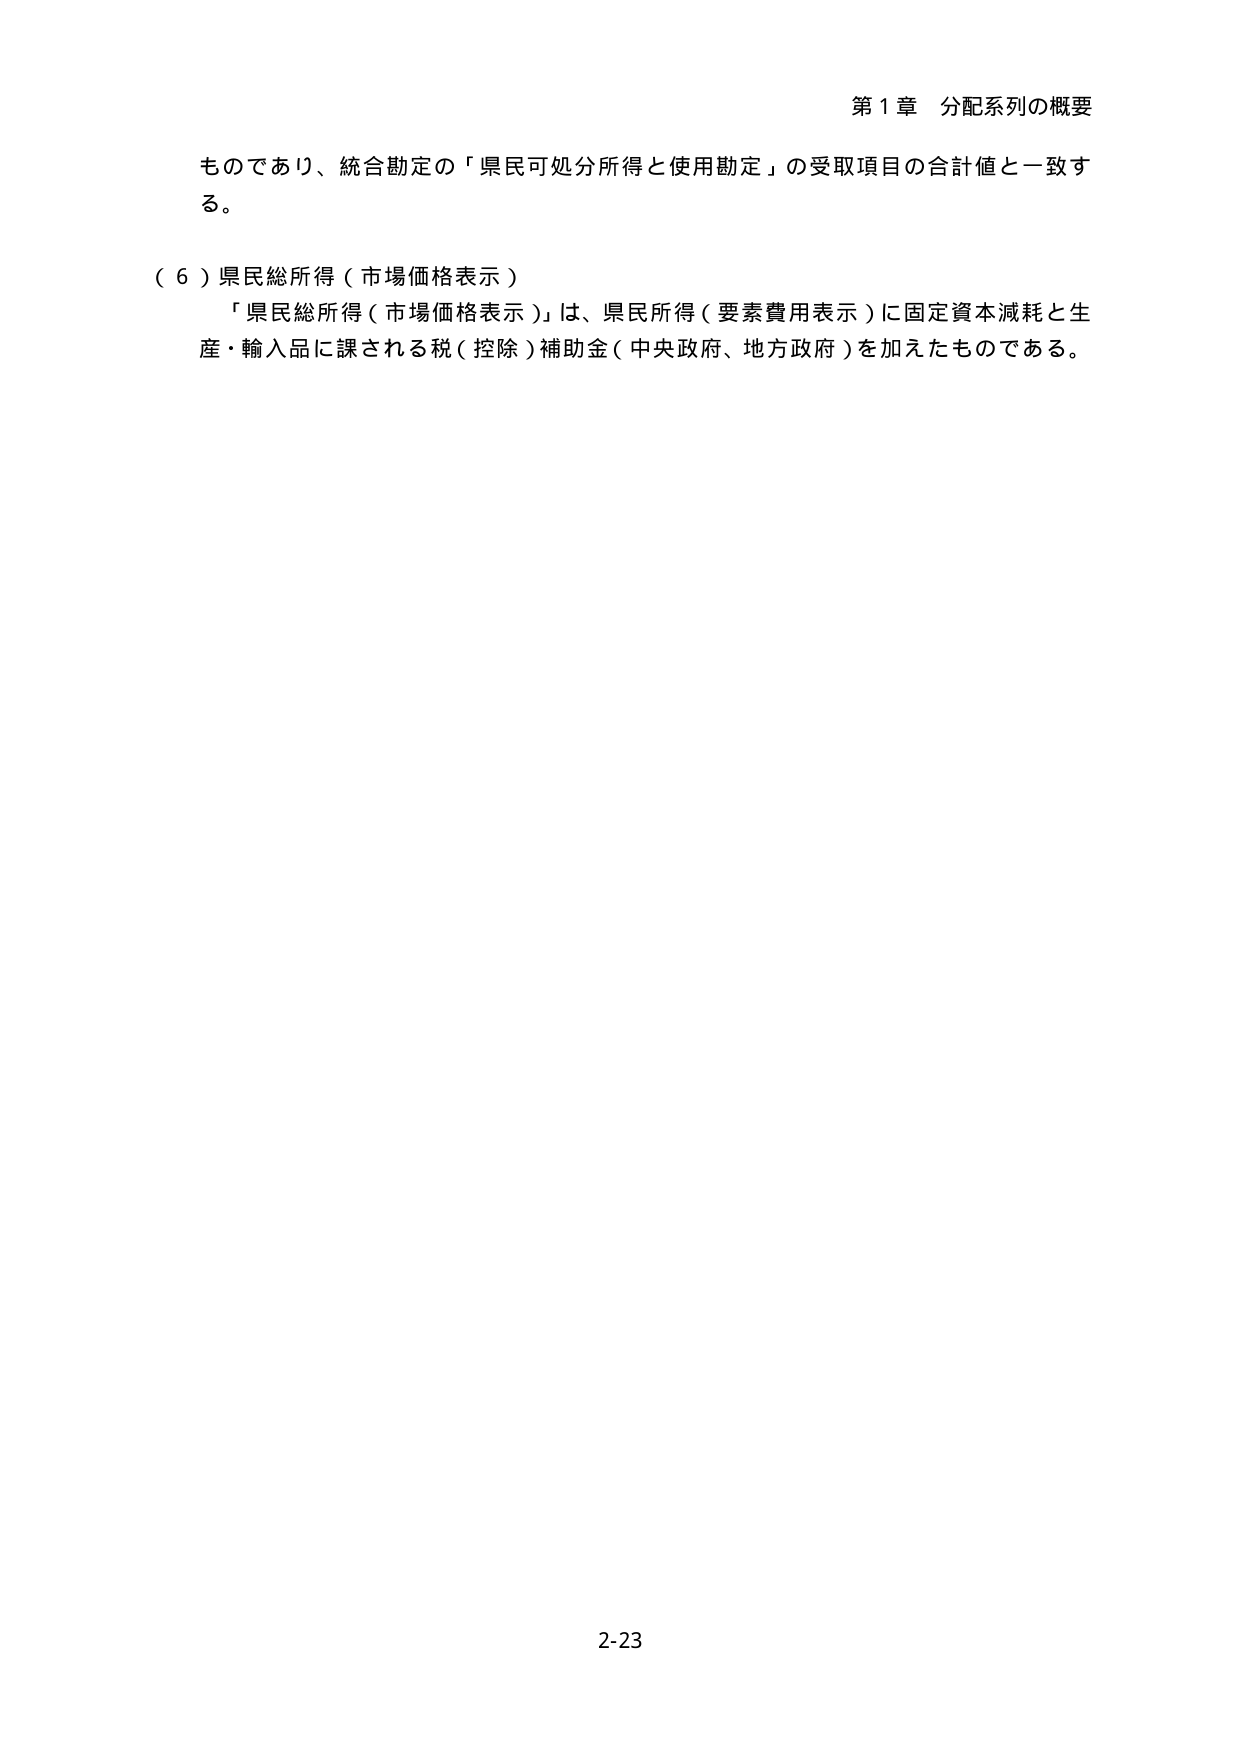
第１章 分配系列の概要

ものであり、統合勘定の「県民可処分所得と使用勘定」の受取項目の合計値と一致する。

（６）県民総所得（市場価格表示）
「県民総所得（市場価格表示）」は、県民所得（要素費用表示）に固定資本減耗と生産・輸入品に課される税（控除）補助金（中央政府、地方政府）を加えたものである。

2-23